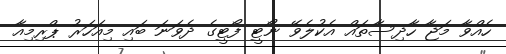
ހެއްވާ މަޖާ ހާދިސާތައް އެކުލެވޭ ނޯޓީ ފޯޓީގެ ދެވަނަ ބައި މިއަހަރު ޕްރިމިއާ